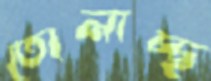
তোলাচ্ছ